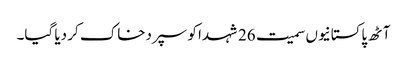
آٹھ پاکستانیوں سمیت 26 شہدا کو سپردخاک کر دیا گیا۔